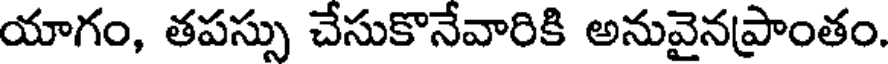
యాగం, తపస్సు చేసుకొనేవారికి అనువైనప్రాంతం.